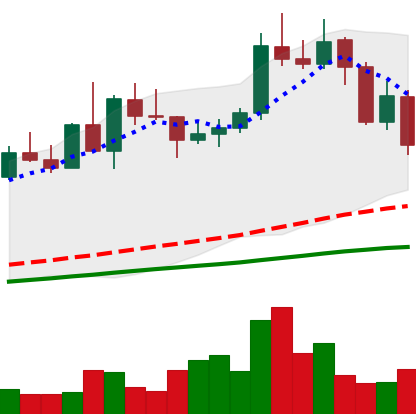
Ticker: NEO-USD
Chart end date: 2020-09-05
Forward return: 9.073%
Label: up_7plus